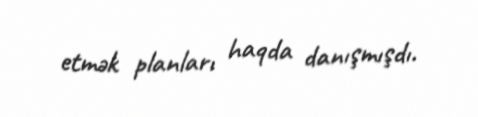
etmək planları haqda danışmışdı.